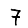
Digit: 7